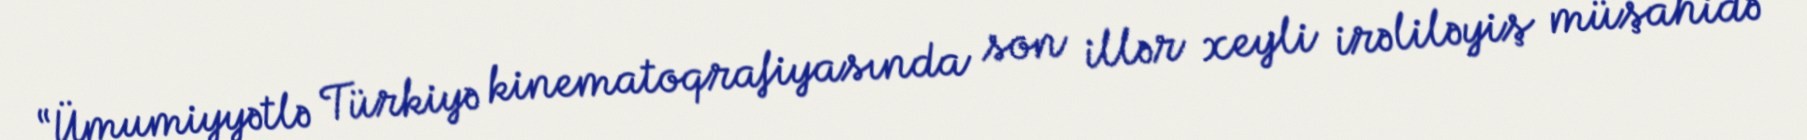
“Ümumiyyətlə Türkiyə kinematoqrafiyasında son illər xeyli irəliləyiş müşahidə